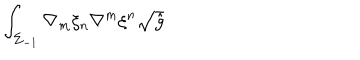
\int _ { \Sigma _ { - 1 } } \nabla _ { m } \xi _ { n } \nabla ^ { m } \xi ^ { n } \sqrt { \hat { g } }